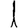
Digit: 1